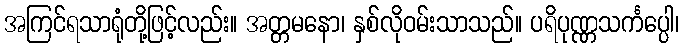
အကြင်ရသာရုံတို့ဖြင့်လည်း။ အတ္တမနော၊ နှစ်လိုဝမ်းသာသည်။ ပရိပုဏ္ဏသင်္ကပ္ပေါ၊